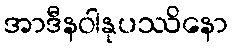
အာဒီနဝါနုပဿိနော